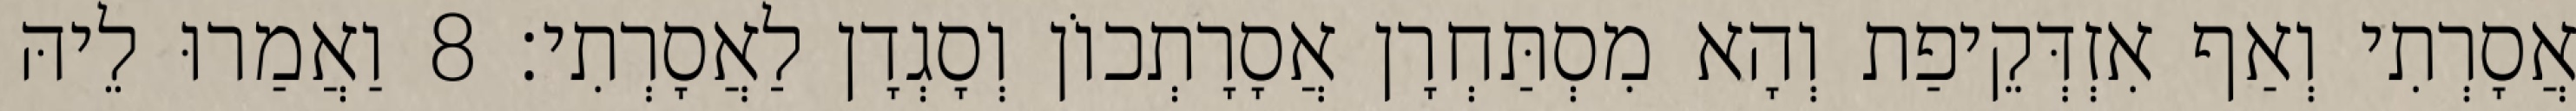
אֲסָרְתִי וְאַף אִזְדְּקֵיפַת וְהָא מִסְתַּחְרָן אֲסָרָתְכוֹן וְסָגְדָן לַאֲסָרְתִי׃ 8 וַאֲמַרוּ לֵיהּ